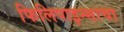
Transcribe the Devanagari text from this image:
फिलिपाइन्साचा